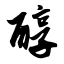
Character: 醇